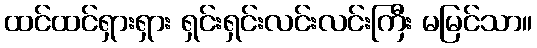
ထင်ထင်ရှားရှား ရှင်းရှင်းလင်းလင်းကြီး မမြင်သာ။